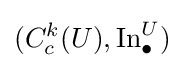
(C_{c}^{k}(U),\operatorname {In} _{\bullet }^{U})